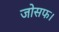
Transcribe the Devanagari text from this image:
जोसफ।